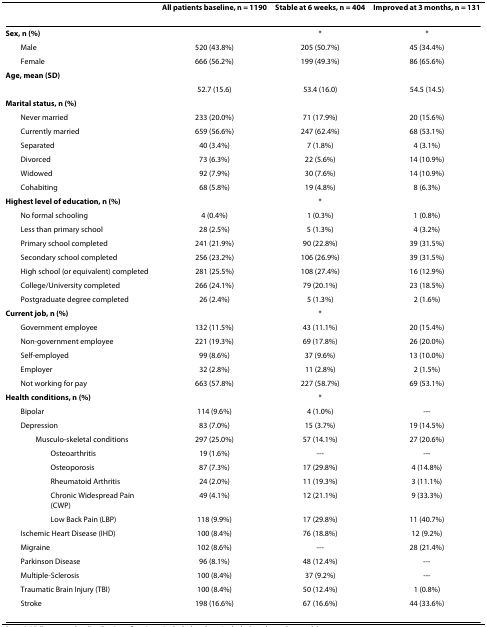
<table><thead><tr><td></td><td><b>All patients baseline, n = 1190</b></td><td><b>Stable at 6 weeks, n = 404</b></td><td><b>Improved at 3 months, n = 131</b></td></tr></thead><tbody><tr><td><b>Sex, n (%)</b></td><td></td><td>*</td><td>*</td></tr><tr><td> Male</td><td>520 (43.8%)</td><td>205 (50.7%)</td><td>45 (34.4%)</td></tr><tr><td> Female</td><td>666 (56.2%)</td><td>199 (49.3%)</td><td>86 (65.6%)</td></tr><tr><td><b>Age, mean (SD)</b></td><td></td><td></td><td></td></tr><tr><td></td><td>52.7 (15.6)</td><td>53.4 (16.0)</td><td>54.5 (14.5)</td></tr><tr><td><b>Marital status, n (%)</b></td><td></td><td></td><td></td></tr><tr><td> Never married</td><td>233 (20.0%)</td><td>71 (17.9%)</td><td>20 (15.6%)</td></tr><tr><td> Currently married</td><td>659 (56.6%)</td><td>247 (62.4%)</td><td>68 (53.1%)</td></tr><tr><td> Separated</td><td>40 (3.4%)</td><td>7 (1.8%)</td><td>4 (3.1%)</td></tr><tr><td> Divorced</td><td>73 (6.3%)</td><td>22 (5.6%)</td><td>14 (10.9%)</td></tr><tr><td> Widowed</td><td>92 (7.9%)</td><td>30 (7.6%)</td><td>14 (10.9%)</td></tr><tr><td> Cohabiting</td><td>68 (5.8%)</td><td>19 (4.8%)</td><td>8 (6.3%)</td></tr><tr><td><b>Highest level of education, n (%)</b></td><td></td><td>*</td><td></td></tr><tr><td> No formal schooling</td><td>4 (0.4%)</td><td>1 (0.3%)</td><td>1 (0.8%)</td></tr><tr><td> Less than primary school</td><td>28 (2.5%)</td><td>5 (1.3%)</td><td>4 (3.2%)</td></tr><tr><td> Primary school completed</td><td>241 (21.9%)</td><td>90 (22.8%)</td><td>39 (31.5%)</td></tr><tr><td> Secondary school completed</td><td>256 (23.2%)</td><td>106 (26.9%)</td><td>39 (31.5%)</td></tr><tr><td> High school (or equivalent) completed</td><td>281 (25.5%)</td><td>108 (27.4%)</td><td>16 (12.9%)</td></tr><tr><td> College/University completed</td><td>266 (24.1%)</td><td>79 (20.1%)</td><td>23 (18.5%)</td></tr><tr><td> Postgraduate degree completed</td><td>26 (2.4%)</td><td>5 (1.3%)</td><td>2 (1.6%)</td></tr><tr><td><b>Current job, n (%)</b></td><td></td><td>*</td><td></td></tr><tr><td> Government employee</td><td>132 (11.5%)</td><td>43 (11.1%)</td><td>20 (15.4%)</td></tr><tr><td> Non-government employee</td><td>221 (19.3%)</td><td>69 (17.8%)</td><td>26 (20.0%)</td></tr><tr><td> Self-employed</td><td>99 (8.6%)</td><td>37 (9.6%)</td><td>13 (10.0%)</td></tr><tr><td> Employer</td><td>32 (2.8%)</td><td>11 (2.8%)</td><td>2 (1.5%)</td></tr><tr><td> Not working for pay</td><td>663 (57.8%)</td><td>227 (58.7%)</td><td>69 (53.1%)</td></tr><tr><td><b>Health conditions, n (%)</b></td><td></td><td>*</td><td></td></tr><tr><td> Bipolar</td><td>114 (9.6%)</td><td>4 (1.0%)</td><td>---</td></tr><tr><td> Depression</td><td>83 (7.0%)</td><td>15 (3.7%)</td><td>19 (14.5%)</td></tr><tr><td>Musculo-skeletal conditions</td><td>297 (25.0%)</td><td>57 (14.1%)</td><td>27 (20.6%)</td></tr><tr><td>Osteoarthritis</td><td>19 (1.6%)</td><td>---</td><td>---</td></tr><tr><td>Osteoporosis</td><td>87 (7.3%)</td><td>17 (29.8%)</td><td>4 (14.8%)</td></tr><tr><td>Rheumatoid Arthritis</td><td>24 (2.0%)</td><td>11 (19.3%)</td><td>3 (11.1%)</td></tr><tr><td>Chronic Widespread Pain (CWP)</td><td>49 (4.1%)</td><td>12 (21.1%)</td><td>9 (33.3%)</td></tr><tr><td>Low Back Pain (LBP)</td><td>118 (9.9%)</td><td>17 (29.8%)</td><td>11 (40.7%)</td></tr><tr><td> Ischemic Heart Disease (IHD)</td><td>100 (8.4%)</td><td>76 (18.8%)</td><td>12 (9.2%)</td></tr><tr><td> Migraine</td><td>102 (8.6%)</td><td>---</td><td>28 (21.4%)</td></tr><tr><td> Parkinson Disease</td><td>96 (8.1%)</td><td>48 (12.4%)</td><td>---</td></tr><tr><td> Multiple-Sclerosis</td><td>100 (8.4%)</td><td>37 (9.2%)</td><td>---</td></tr><tr><td> Traumatic Brain Injury (TBI)</td><td>100 (8.4%)</td><td>50 (12.4%)</td><td>1 (0.8%)</td></tr><tr><td> Stroke</td><td>198 (16.6%)</td><td>67 (16.6%)</td><td>44 (33.6%)</td></tr></tbody></table>